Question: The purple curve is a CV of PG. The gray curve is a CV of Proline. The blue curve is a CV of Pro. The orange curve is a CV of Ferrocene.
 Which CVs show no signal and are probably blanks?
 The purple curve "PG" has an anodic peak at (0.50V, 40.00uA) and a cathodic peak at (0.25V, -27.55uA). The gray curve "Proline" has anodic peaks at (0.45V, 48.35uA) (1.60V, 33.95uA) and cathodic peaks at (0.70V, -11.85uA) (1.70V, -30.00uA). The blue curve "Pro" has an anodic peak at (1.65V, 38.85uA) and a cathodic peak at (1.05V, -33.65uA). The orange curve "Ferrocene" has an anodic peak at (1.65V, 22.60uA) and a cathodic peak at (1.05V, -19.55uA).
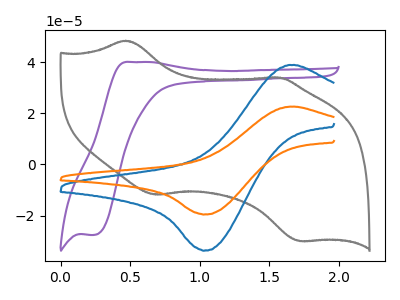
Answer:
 <answer>There are not any CV's on this graph that are likely to be blanks.</answer>
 <eval>none</eval>